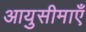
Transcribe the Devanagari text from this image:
आयुसीमाएँ